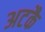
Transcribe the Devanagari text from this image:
अटकै